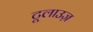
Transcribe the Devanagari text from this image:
टूलाउज़